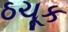
ઠચૂક